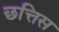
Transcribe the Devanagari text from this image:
छत्तिस